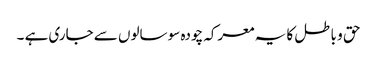
حق و باطل کا یہ معرکہ چودہ سو سالوں سے جاری ہے ۔